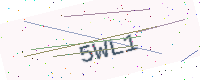
Text: 5WL1